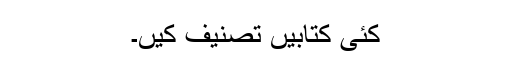
کئی کتابیں تصنیف کیں۔